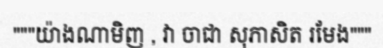
"""យ៉ាងណាមិញ , វា ចាជា សុភាសិត រមែង"""